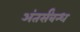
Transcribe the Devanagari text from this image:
अंतर्संबन्ध